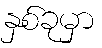
နှစ်ခုမှာ